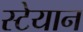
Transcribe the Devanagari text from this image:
स्टेयान